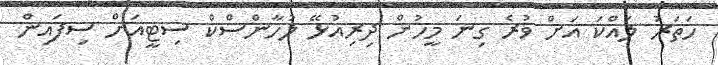
ހަތަރު ލައްކަ އަށް ވުރެ ގިނަ މީހުން ދިރިއުޅޭ ލުހާންސްކް ސިޓީއަށް ސިފައިން